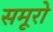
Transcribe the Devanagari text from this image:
समूरो